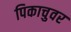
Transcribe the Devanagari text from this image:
पिकाचुवर